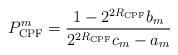
LaTeX: \begin{align*}P_{\mathrm{CPF}}^m=\frac{1-2^{2R_{\mathrm{CPF}}}b_m}{2^{2R_{\mathrm{CPF}}}c_m-a_m} \end{align*}